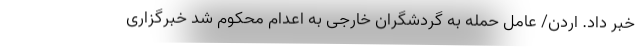
خبر داد. اردن/ عامل حمله به گردشگران خارجی به اعدام محکوم شد خبرگزاری